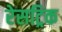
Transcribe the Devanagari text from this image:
रेसट्रिक